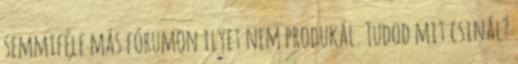
semmiféle más fórumon ilyet nem produkál. Tudod mit csinál?